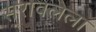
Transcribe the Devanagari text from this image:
सरावलेला